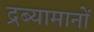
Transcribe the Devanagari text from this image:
द्रब्यामानों